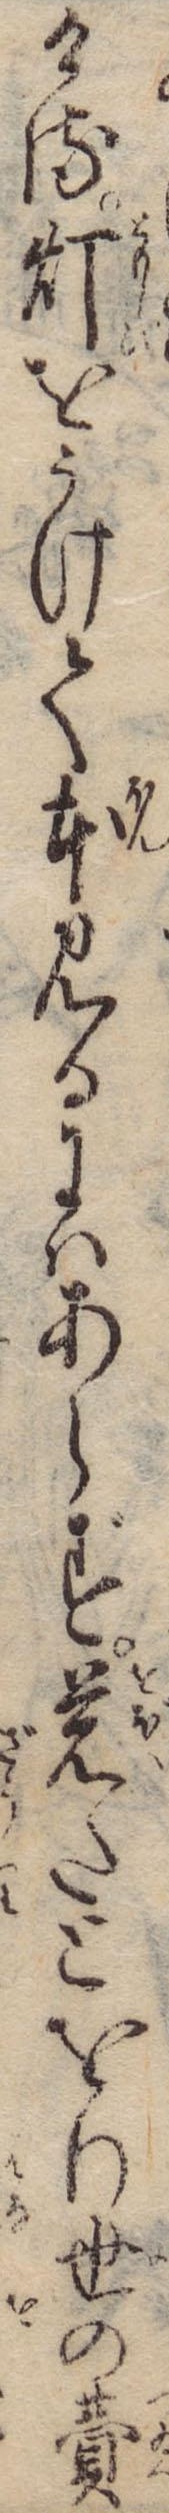
ける灯をうけて本見るにはあらず覚たとをり世の費